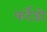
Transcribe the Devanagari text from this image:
फर्टेडो